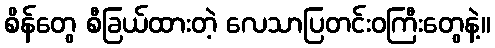
စိန်တွေ စီခြယ်ထားတဲ့ လေသာပြတင်းဝကြီးတွေနဲ့။